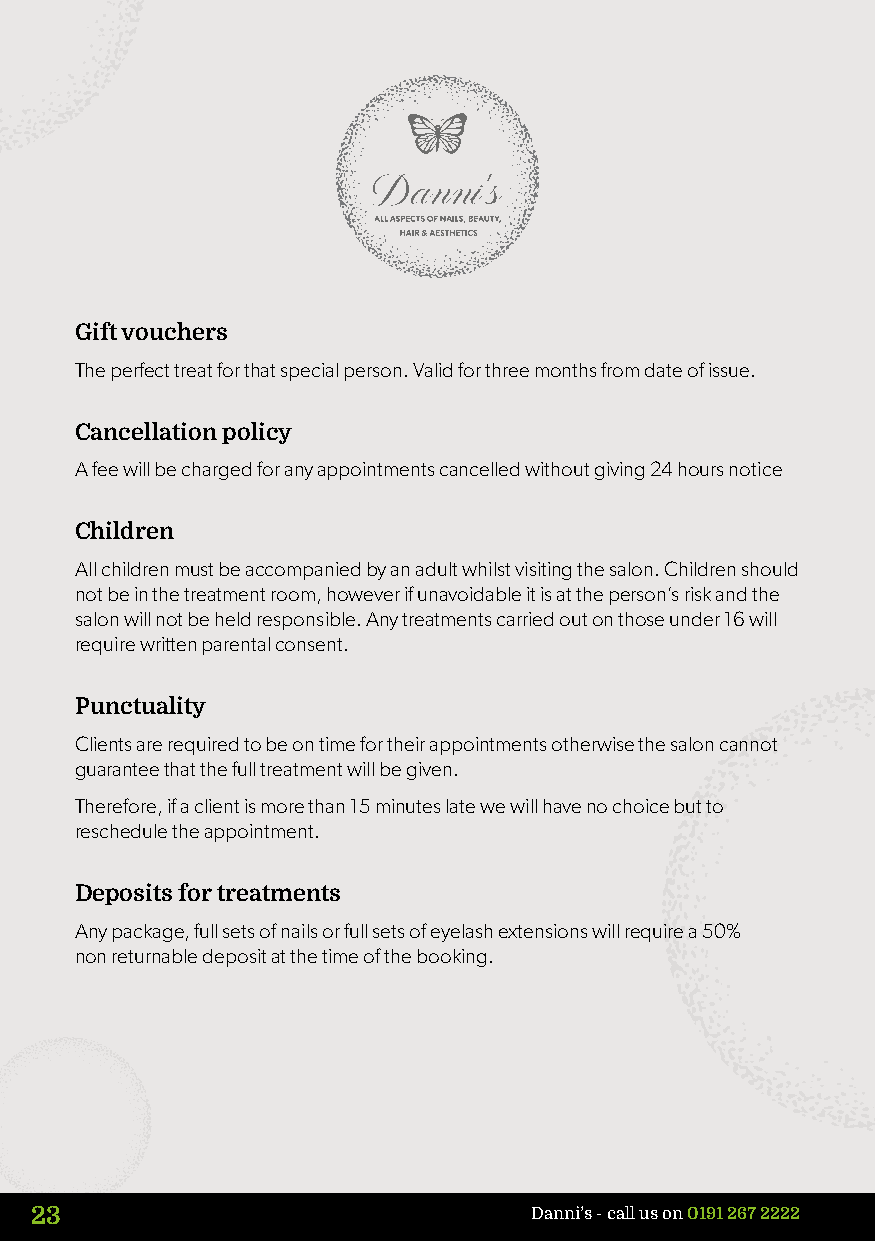
Gift vouchers
 The perfect treat for that special person. Valid for three months from date of issue.
 Cancellation policy
 A fee will be charged for any appointments cancelled without giving 24 hours notice
 Children
 All children must be accompanied by an adult whilst visiting the salon. Children should
 not be in the treatment room, however if unavoidable it is at the person’s risk and the
 salon will not be held responsible. Any treatments carried out on those under 16 will
 require written parental consent.
 Punctuality
 Clients are required to be on time for their appointments otherwise the salon cannot
 guarantee that the full treatment will be given.
 Therefore, if a client is more than 15 minutes late we will have no choice but to
 reschedule the appointment.
 Deposits for treatments
 Any package, full sets of nails or full sets of eyelash extensions will require a 50%
 non returnable deposit at the time of the booking.
 23                               Danni’s - call us on 0191 267 2222